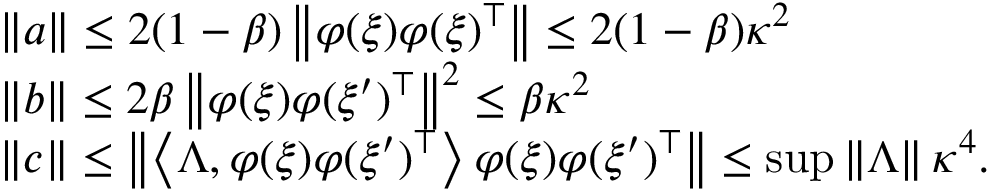
\begin{array} { r l } & { \left\| a \right\| \leq 2 ( 1 - \beta ) \left\| \varphi ( \xi ) \varphi ( \xi ) ^ { \top } \right\| \leq 2 ( 1 - \beta ) \kappa ^ { 2 } } \\ & { \left\| b \right\| \leq 2 \beta \left\| \varphi ( \xi ) \varphi ( \xi ^ { \prime } ) ^ { \top } \right\| ^ { 2 } \leq \beta \kappa ^ { 2 } } \\ & { \left\| c \right\| \leq \left\| \left\langle \Lambda , \varphi ( \xi ) \varphi ( \xi ^ { \prime } ) ^ { \top } \right\rangle \varphi ( \xi ) \varphi ( \xi ^ { \prime } ) ^ { \top } \right\| \leq \operatorname* { s u p } \left\| \Lambda \right\| \kappa ^ { 4 } . } \end{array}